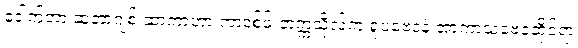
ဒေါက်တာ ဆူဘာဂျစ် ဆာကာဟာ ကာဒစ်ဖ် တက္ကသိုလ်က ရူပဗေဒနဲ့ အာကာသဗေဒဆိုင်ရာ